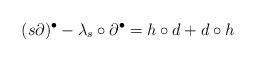
LaTeX: \begin{align*} (s\partial)^\bullet - \lambda_s\circ \partial^\bullet = h \circ d + d \circ h \end{align*}